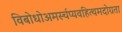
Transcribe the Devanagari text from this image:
विबोधोअमर्स्चप्यवहित्थमदोग्रता